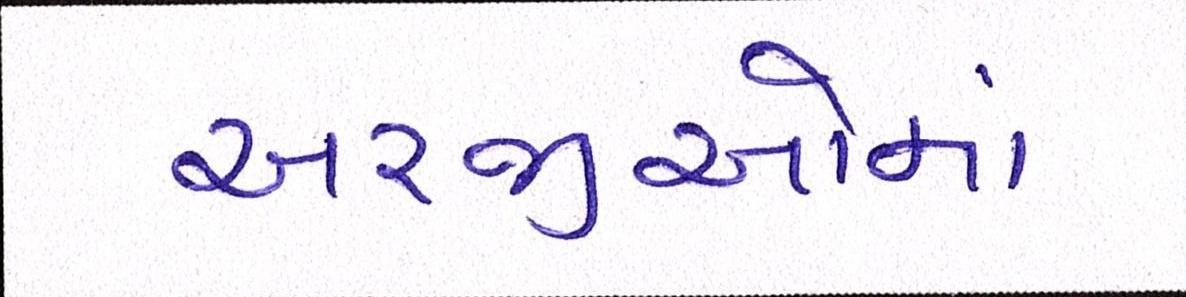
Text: અરજીઓમાં